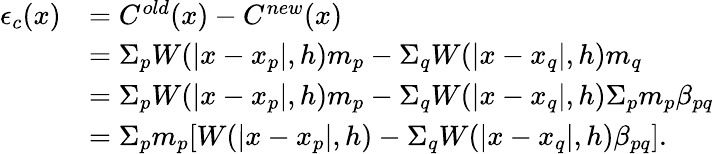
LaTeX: \begin{array}{rl}{\epsilon_{c}(x)}&{=C^{old}(x)-C^{new}(x)}\\ &{=\Sigma_{p}{W(|x-x_{p}|,h)m_{p}}-\Sigma_{q}{W(|x-x_{q}|,h)m_{q}}}\\ &{=\Sigma_{p}{W(|x-x_{p}|,h)m_{p}}-\Sigma_{q}{W(|x-x_{q}|,h)\Sigma_{p}{m_{p}\beta_{pq}}}}\\ &{=\Sigma_{p}{m_{p}[W(|x-x_{p}|,h)-\Sigma_{q}{W(|x-x_{q}|,h)\beta_{pq}}]}.}\end{array}